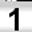
Digit: 1